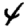
Digit: 4